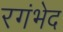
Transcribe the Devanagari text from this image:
रगंभेद